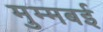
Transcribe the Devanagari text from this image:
मुम्मबई